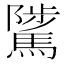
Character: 騭